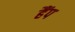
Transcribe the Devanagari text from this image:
हैंप